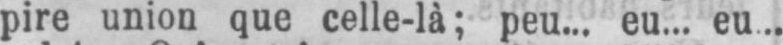
pire union que celle-là; peu... eu... eu...